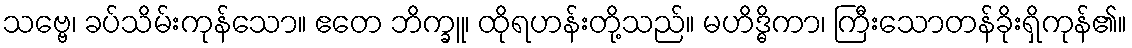
သဗ္ဗေ၊ ခပ်သိမ်းကုန်သော။ ဧတေ ဘိက္ခူ၊ ထိုရဟန်းတို့သည်။ မဟိဒ္ဓိကာ၊ ကြီးသောတန်ခိုးရှိကုန်၏။